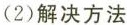
(2)解决方法